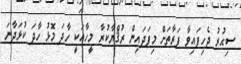
ސިޙުރު ޖެހިފައިވާ ފަރާތަށް މިފަދައިން ރުޤްޔާކުރާ މީހާއަކީ ހާދަ މޮޅު ހާދަ ކުޅަދާނަ